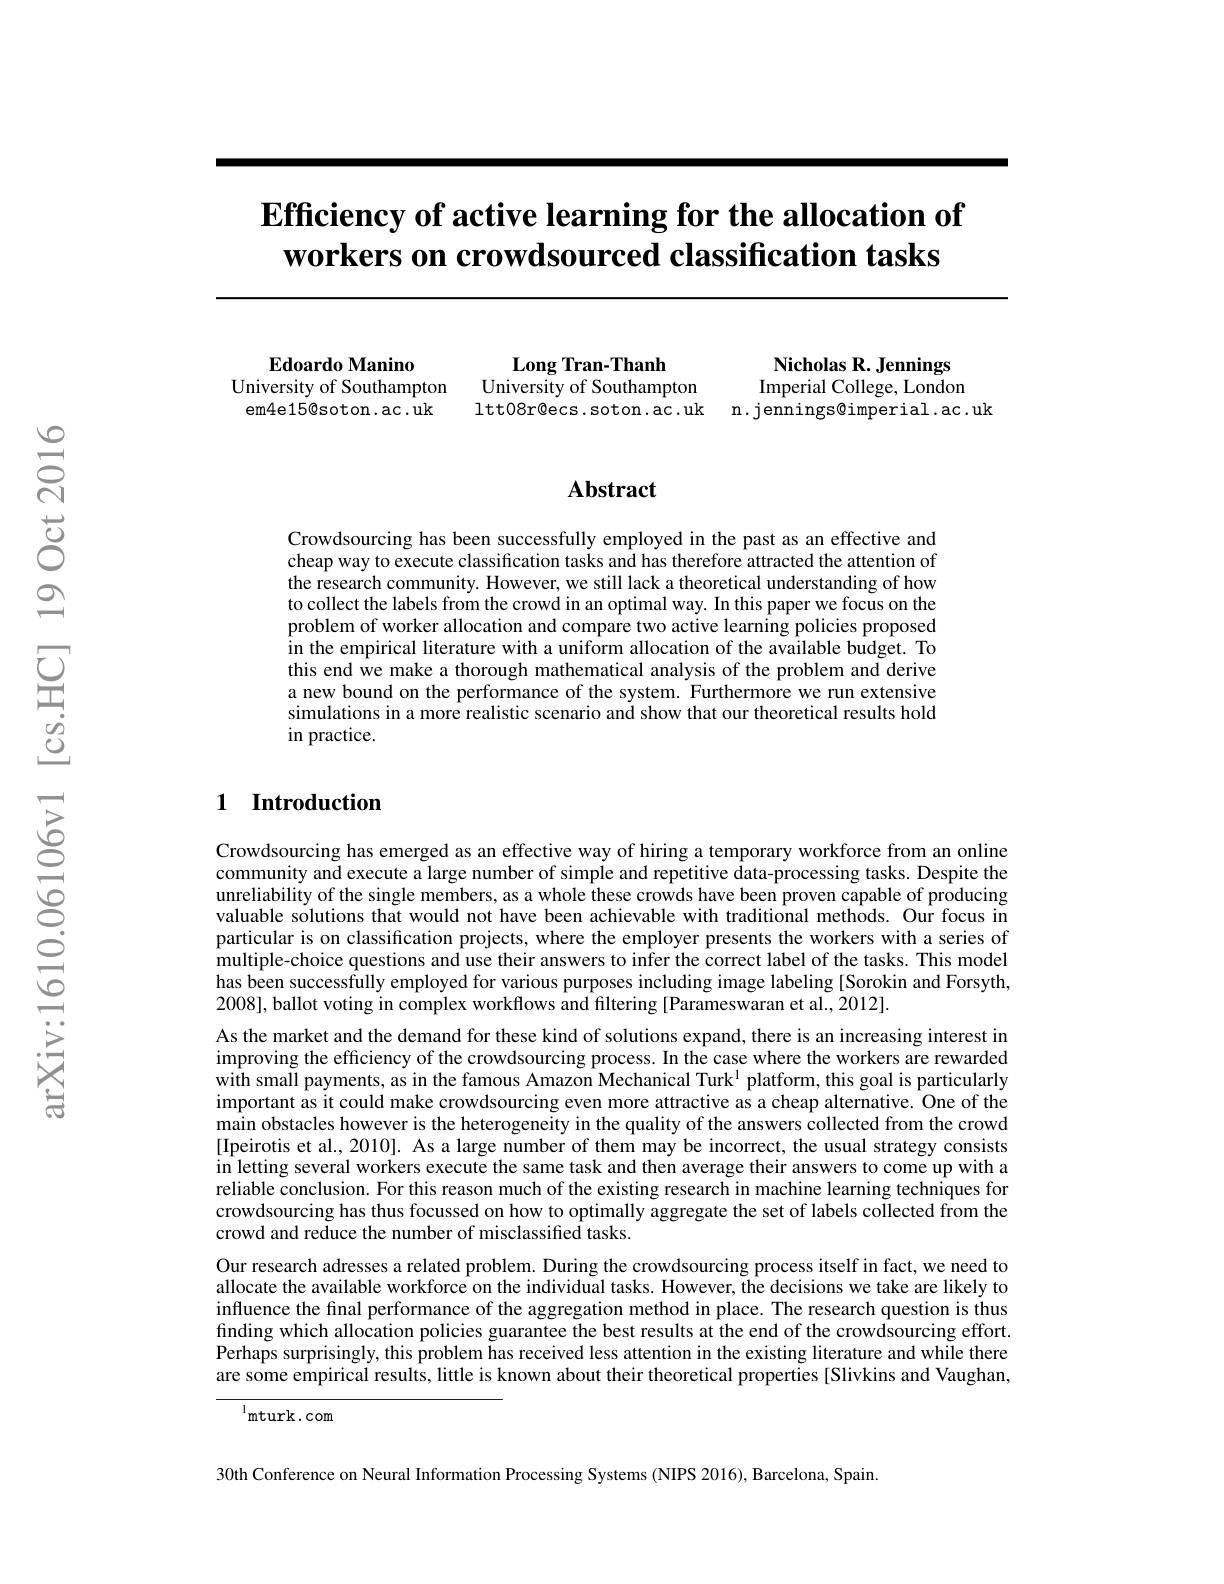
# $\textbf{Efficiency of active learning for the allocation of}$ workers on crowdsourced classification tasks

Edoardo Manino
University of Southampton em4e15@soton.ac.uk

Long Tran-Thanh
University of Southampton
Imperial College, London
ltt08r@ecs.soton.ac.uk n.jennings@imperial.ac.uk

Nicholas R. Jennings

### $\mathbf{Abstract}$

Crowdsourcing has been successfully employed in the past as an effective and cheap way to execute classification tasks and has therefore attracted the attention of the research community. However, we still lack a theoretical understanding of how to collect the labels from the crowd in an optimal way. In this paper we focus on the problem of worker allocation and compare two active learning policies proposed in the empirical literature with a uniform allocation of the available budget. To this end we make a thorough mathematical analysis of the problem and derive a new bound on the performance of the system. Furthermore we run extensive simulations in a more realistic scenario and show that our theoretical results hold in practice.

## 1 Introduction

Crowdsourcing has emerged as an effective way of hiring a temporary workforce from an online community and execute a large number of simple and repetitive data-processing tasks. Despite the unreliability of the single members, as a whole these crowds have been proven capable of producing valuable solutions that would not have been achievable with traditional methods. Our focus in particular is on classification projects, where the employer presents the workers with a series of multiple-choice questions and use their answers to infer the correct label of the tasks. This model has been successfully employed for various purposes including image labeling [Sorokin and Forsyth, 2008], ballot voting in complex workflows and filtering [Parameswaran et al., 2012].
As the market and the demand for these kind of solutions expand, there is an increasing interest in improving the efficiency of the crowdsourcing process. In the case where the workers are rewarded with small payments, as in the famous Amazon Mechanical Turk$^{1}$ platform, this goal is particularly important as it could make crowdsourcing even more attractive as a cheap alternative. One of the main obstacles however is the heterogeneity in the quality of the answers collected from the crowd [Ipeirotis et al., 2010]. As a large number of them may be incorrect, the usual strategy consists in letting several workers execute the same task and then average their answers to come up with a reliable conclusion. For this reason much of the existing research in machine learning techniques for crowdsourcing has thus focussed on how to optimally aggregate the set of labels collected from the crowd and reduce the number of misclassified tasks.
Our research adresses a related problem. During the crowdsourcing process itself in fact, we need to allocate the available workforce on the individual tasks. However, the decisions we take are likely to influence the final performance of the aggregation method in place. The research question is thus finding which allocation policies guarantee the best results at the end of the crowdsourcing effort. Perhaps surprisingly, this problem has received less attention in the existing literature and while there are some empirical results, little is known about their theoretical properties[Slivkins and Vaughan,

$^{1}$mturk.com

30th Conference on Neural Information Processing Systems (NIPS 2016), Barcelona, Spain.